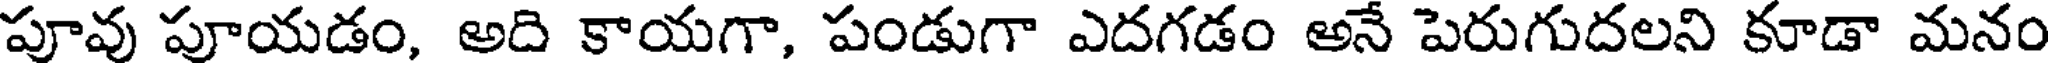
పూవు పూయడం, అది కాయగా, పండుగా ఎదగడం అనే పెరుగుదలని కూడా మనం